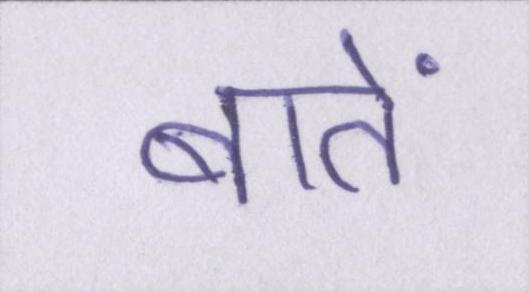
बातें